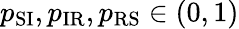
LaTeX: p_{\mathrm{SI}},p_{\mathrm{IR}},p_{\mathrm{RS}}\in(0,1)